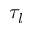
\tau _ { l }